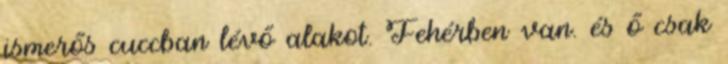
ismerős cuccban lévő alakot. Fehérben van. és ő csak